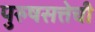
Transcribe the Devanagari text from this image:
पुरुषसत्तेची